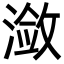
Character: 潋